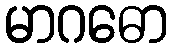
မာဂဓော